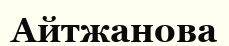
Айтжанова